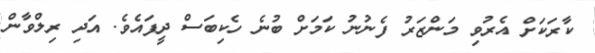
ކާރަކަށް އެރުވި މަންޒަރު ފެނުނު ކަމަށް ބުނެ ހެކިބަސް ދީފައެވެ. އަދި ރިލްވާން